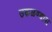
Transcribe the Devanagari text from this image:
उकळण्यास